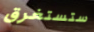
ستستغرق